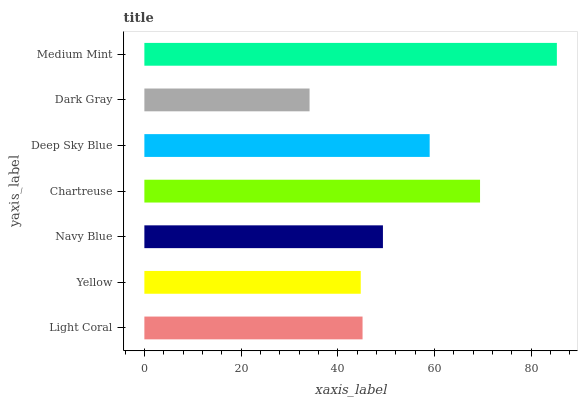
| yaxis_label | bars |
 | --- | --- |
 | Light Coral | 45.1 |
 | Yellow | 44.8 |
 | Navy Blue | 49.4 |
 | Chartreuse | 69.5 |
 | Deep Sky Blue | 59 |
 | Dark Gray | 34.2 |
 | Medium Mint | 85.3 |